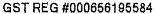
GST REG #000656195584